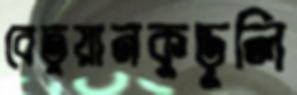
বেতুয়ানকুড়ুলি